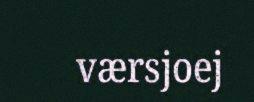
værsjoej